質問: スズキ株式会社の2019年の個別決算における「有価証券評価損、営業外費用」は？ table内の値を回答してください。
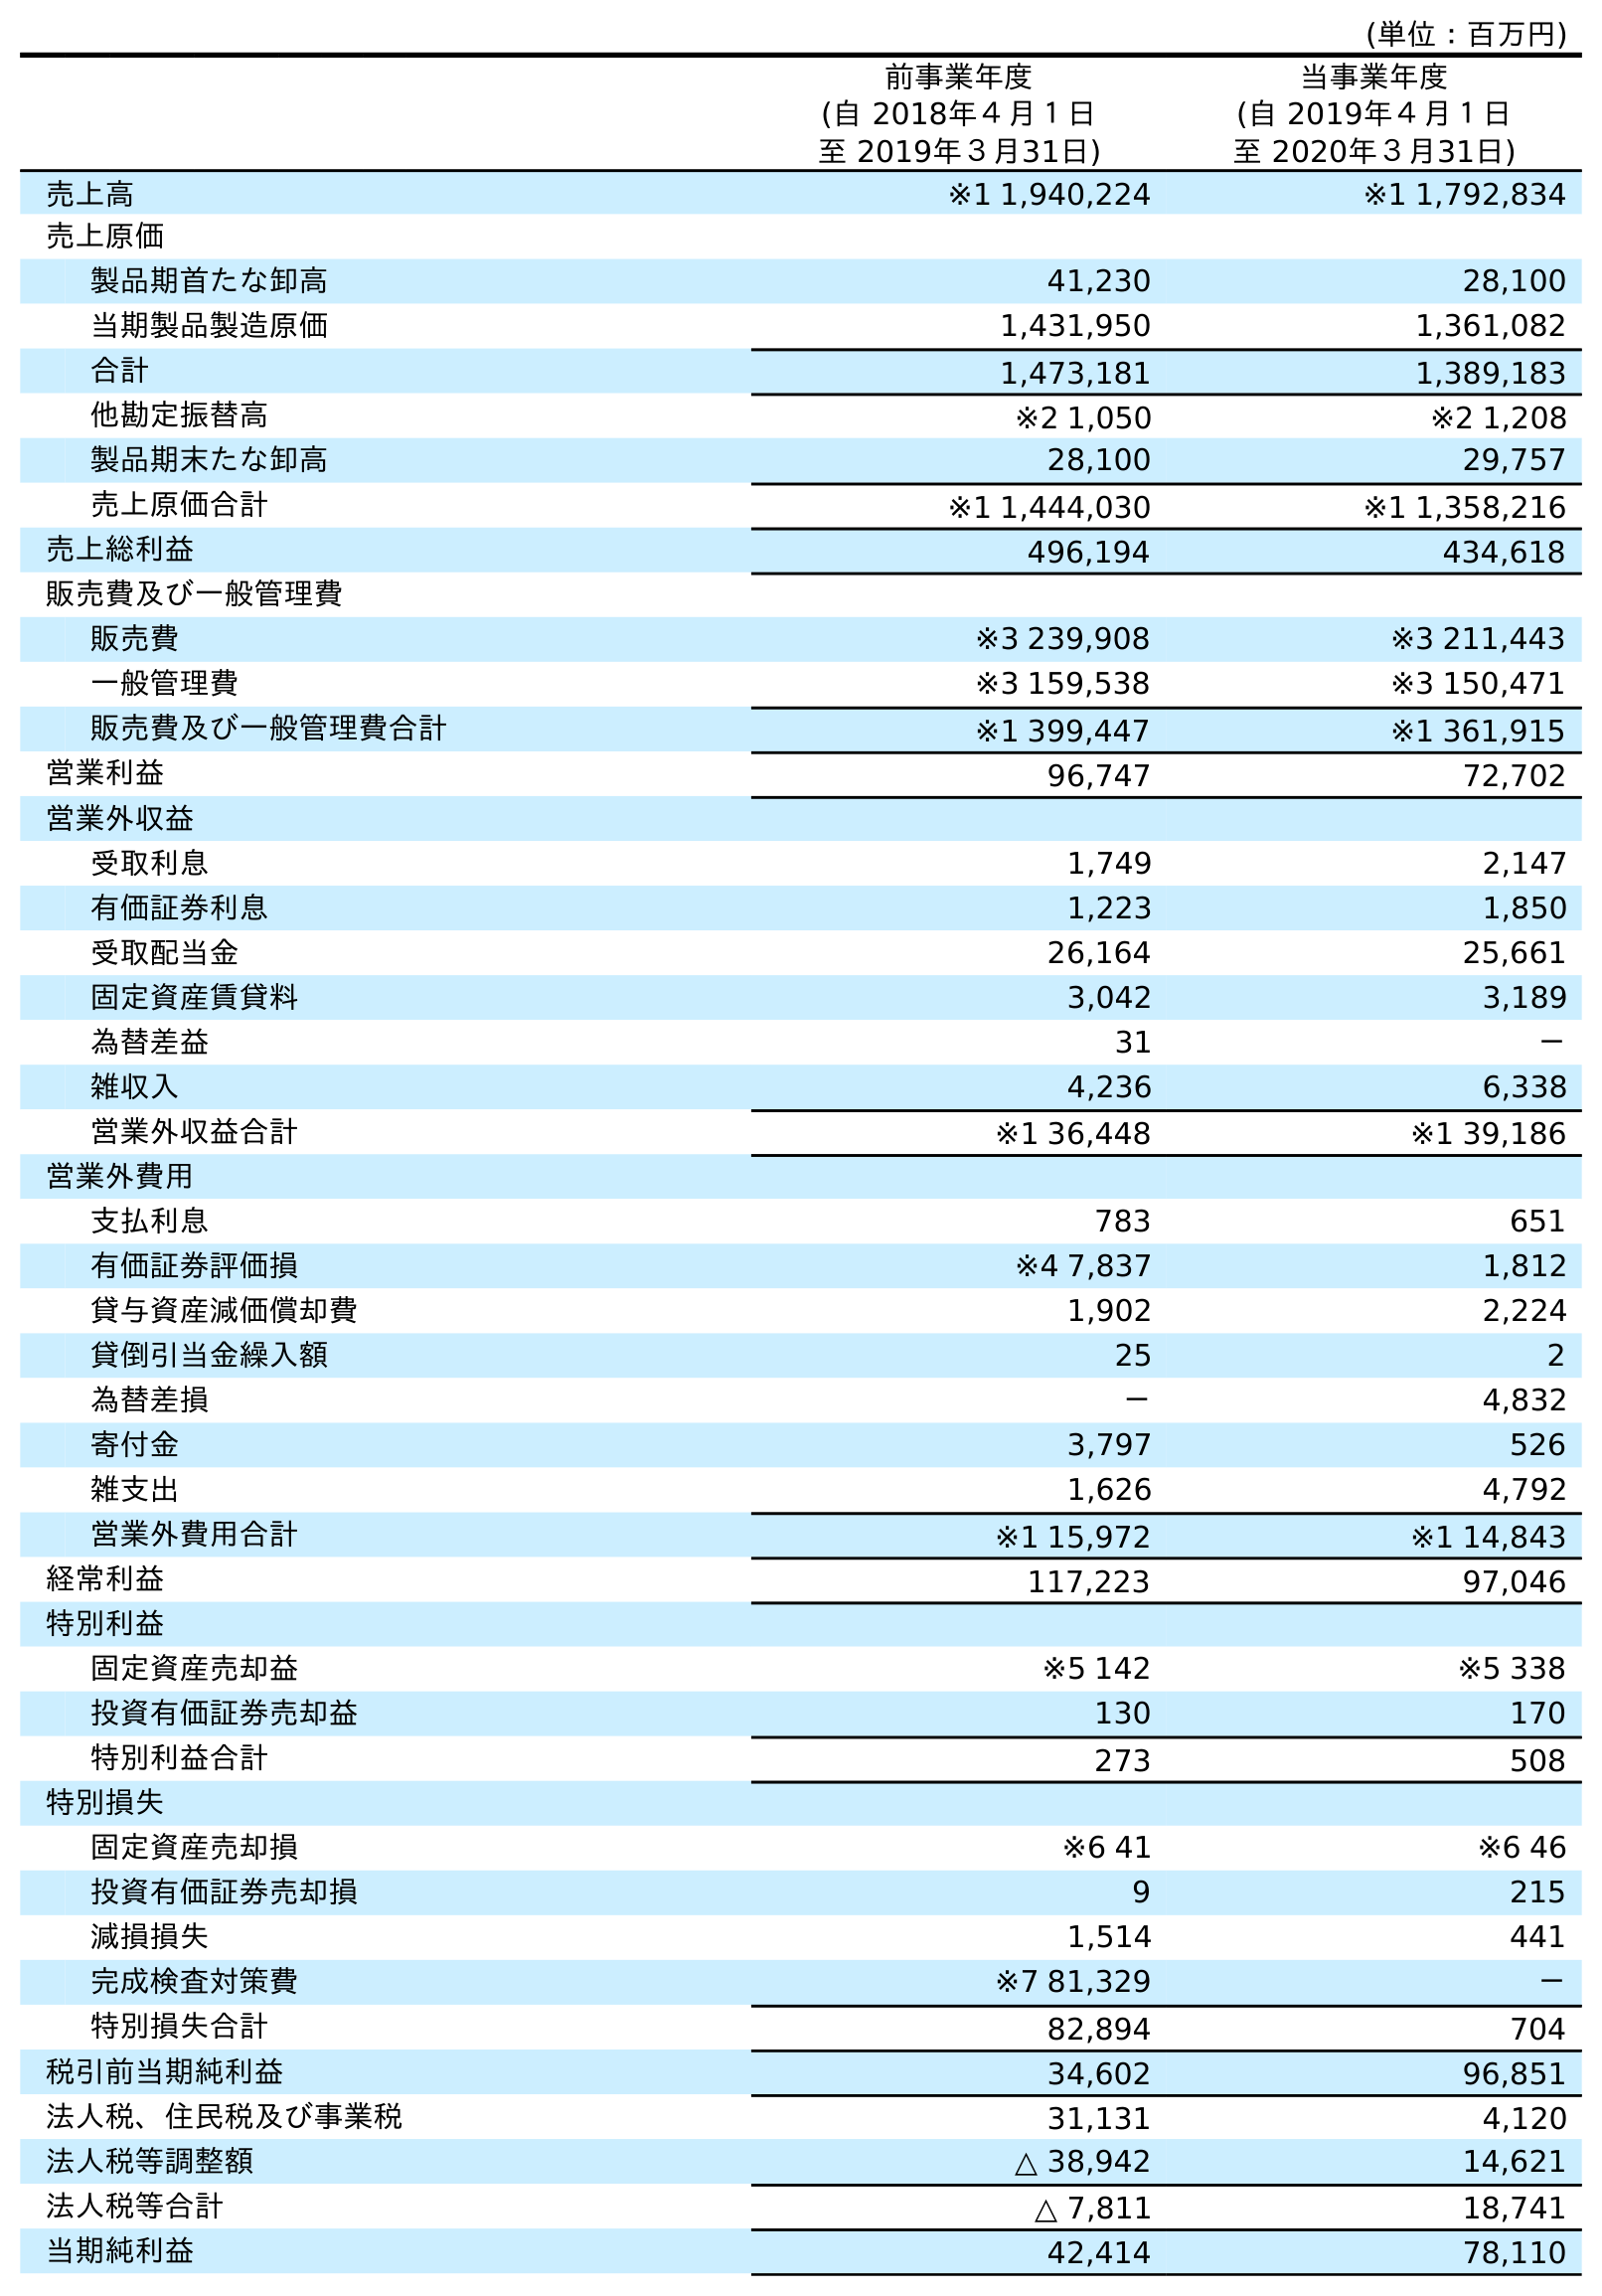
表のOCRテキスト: (単位：百万円) 前事業年度 (自 2018年４月１日 至 2019年３月31日) 当事業年度 (自 2019年４月１日 至 2020年３月31日) 売上高 ※1 1,940,224 ※1 1,792,834 売上原価 製品期首たな卸高 41,230 28,100 当期製品製造原価 1,431,950 1,361,082 合計 1,473,181 1,389,183 他勘定振替高 ※2 1,050 ※2 1,208 製品期末たな卸高 28,100 29,757 売上原価合計 ※1 1,444,030 ※1 1,358,216 売上総利益 496,194 434,618 販売費及び一般管理費 販売費 ※3 239,908 ※3 211,443 一般管理費 ※3 159,538 ※3 150,471 販売費及び一般管理費合計 ※1 399,447 ※1 361,915 営業利益 96,747 72,702 営業外収益 受取利息 1,749 2,147 有価証券利息 1,223 1,850 受取配当金 26,164 25,661 固定資産賃貸料 3,042 3,189 為替差益 31 － 雑収入 4,236 6,338 営業外収益合計 ※1 36,448 ※1 39,186 営業外費用 支払利息 783 651 有価証券評価損 ※4 7,837 1,812 貸与資産減価償却費 1,902 2,224 貸倒引当金繰入額 25 2 為替差損 － 4,832 寄付金 3,797 526 雑支出 1,626 4,792 営業外費用合計 ※1 15,972 ※1 14,843 経常利益 117,223 97,046 特別利益 固定資産売却益 ※5 142 ※5 338 投資有価証券売却益 130 170 特別利益合計 273 508 特別損失 固定資産売却損 ※6 41 ※6 46 投資有価証券売却損 9 215 減損損失 1,514 441 完成検査対策費 ※7 81,329 － 特別損失合計 82,894 704 税引前当期純利益 34,602 96,851 法人税、住民税及び事業税 31,131 4,120 法人税等調整額 △ 38,942 14,621 法人税等合計 △ 7,811 18,741 当期純利益 42,414 78,110
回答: ※47,837